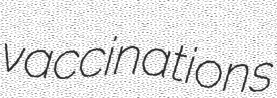
vaccinations